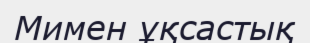
Мимен ұқсастық